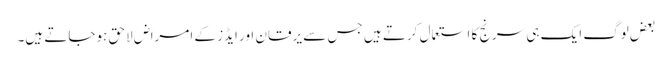
بعض لوگ ایک ہی سرنج کا استعمال کرتے ہیں جس سے یرقان اور ایڈز کے امراض لاحق ہوجاتے ہیں۔